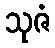
သုဇံ